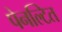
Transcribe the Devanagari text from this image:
पेनल्टित